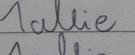
Signature authenticity: forged